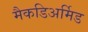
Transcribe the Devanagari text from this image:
मैकडिअर्मिड